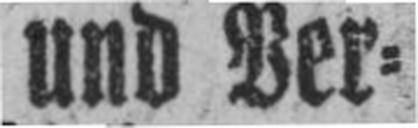
und Ver¬